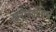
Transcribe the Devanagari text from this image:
खनाबदोशियों